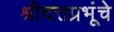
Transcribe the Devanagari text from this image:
श्रीदत्तप्रभूंचे